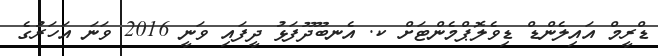
ޑްރީމް އައިލެންޑް ޑިވެލޮޕްމެންޓަށް ކ. އެނބޫދޫފަޅު ދީފައި ވަނީ 2016 ވަނަ އަހަރުގެ